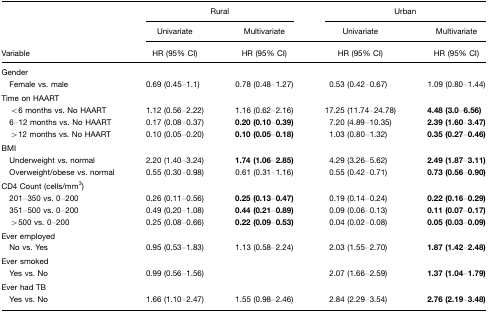
<table><thead><tr><td></td><td colspan="2"><b>Rural</b></td><td colspan="2"><b>Urban</b></td></tr><tr><td></td><td><b>Univariate</b></td><td><b>Multivariate</b></td><td><b>Univariate</b></td><td><b>Multivariate</b></td></tr><tr><td><b>Variable</b></td><td><b>HR (95% CI)</b></td><td><b>HR (95% CI)</b></td><td><b>HR (95% CI)</b></td><td><b>HR (95% CI)</b></td></tr></thead><tbody><tr><td colspan="5">Gender</td></tr><tr><td> Female vs. male</td><td>0.69 (0.45–1.1)</td><td>0.78 (0.48–1.27)</td><td>0.53 (0.42–0.67)</td><td>1.09 (0.80–1.44)</td></tr><tr><td colspan="5">Time on HAART</td></tr><tr><td> &lt;6 months vs. No HAART</td><td>1.12 (0.56–2.22)</td><td>1.16 (0.62–2.16)</td><td>17.25 (11.74–24.78)</td><td><b>4.48 (3.0</b>–<b>6.56)</b></td></tr><tr><td> 6–12 months vs. No HAART</td><td>0.17 (0.08–0.37)</td><td><b>0.20 (0.10</b>–<b>0.39)</b></td><td>7.20 (4.89–10.35)</td><td><b>2.39 (1.60</b>–<b>3.47)</b></td></tr><tr><td> &gt;12 months vs. No HAART</td><td>0.10 (0.05–0.20)</td><td><b>0.10 (0.05</b>–<b>0.18)</b></td><td>1.03 (0.80–1.32)</td><td><b>0.35 (0.27</b>–<b>0.46)</b></td></tr><tr><td colspan="5">BMI</td></tr><tr><td> Underweight vs. normal</td><td>2.20 (1.40–3.24)</td><td><b>1.74 (1.06</b>–<b>2.85)</b></td><td>4.29 (3.26–5.62)</td><td><b>2.49 (1.87</b>–<b>3.11)</b></td></tr><tr><td> Overweight/obese vs. normal</td><td>0.55 (0.30–0.98)</td><td>0.61 (0.31–1.16)</td><td>0.55 (0.42–0.71)</td><td><b>0.73 (0.56</b>–<b>0.90)</b></td></tr><tr><td colspan="5">CD4 Count (cells/mm<sup>3</sup>)</td></tr><tr><td> 201–350 vs. 0–200</td><td>0.26 (0.11–0.56)</td><td><b>0.25 (0.13</b>–<b>0.47)</b></td><td>0.19 (0.14–0.24)</td><td><b>0.22 (0.16</b>–<b>0.29)</b></td></tr><tr><td> 351–500 vs. 0–200</td><td>0.49 (0.20–1.08)</td><td><b>0.44 (0.21</b>–<b>0.89)</b></td><td>0.09 (0.06–0.13)</td><td><b>0.11 (0.07</b>–<b>0.17)</b></td></tr><tr><td> &gt;500 vs. 0–200</td><td>0.25 (0.08–0.66)</td><td><b>0.22 (0.09</b>–<b>0.53)</b></td><td>0.04 (0.02–0.08)</td><td><b>0.05 (0.03</b>–<b>0.09)</b></td></tr><tr><td colspan="5">Ever employed</td></tr><tr><td> No vs. Yes</td><td>0.95 (0.53–1.83)</td><td>1.13 (0.58–2.24)</td><td>2.03 (1.55–2.70)</td><td><b>1.87 (1.42</b>–<b>2.48)</b></td></tr><tr><td colspan="5">Ever smoked</td></tr><tr><td> Yes vs. No</td><td>0.99 (0.56–1.56)</td><td></td><td>2.07 (1.66–2.59)</td><td><b>1.37 (1.04</b>–<b>1.79)</b></td></tr><tr><td colspan="5">Ever had TB</td></tr><tr><td> Yes vs. No</td><td>1.66 (1.10–2.47)</td><td>1.55 (0.98–2.46)</td><td>2.84 (2.29–3.54)</td><td><b>2.76 (2.19</b>–<b>3.48)</b></td></tr></tbody></table>